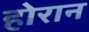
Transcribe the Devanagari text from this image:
होरान